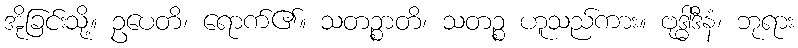
အိုခြင်းသို့။ ဥပေတိ၊ ရောက်၏။ သတဉ္စာတိ၊ သတဉ္စ ဟူသည်ကား။ ဗုဒ္ဓါဒီနံ၊ ဘုရား